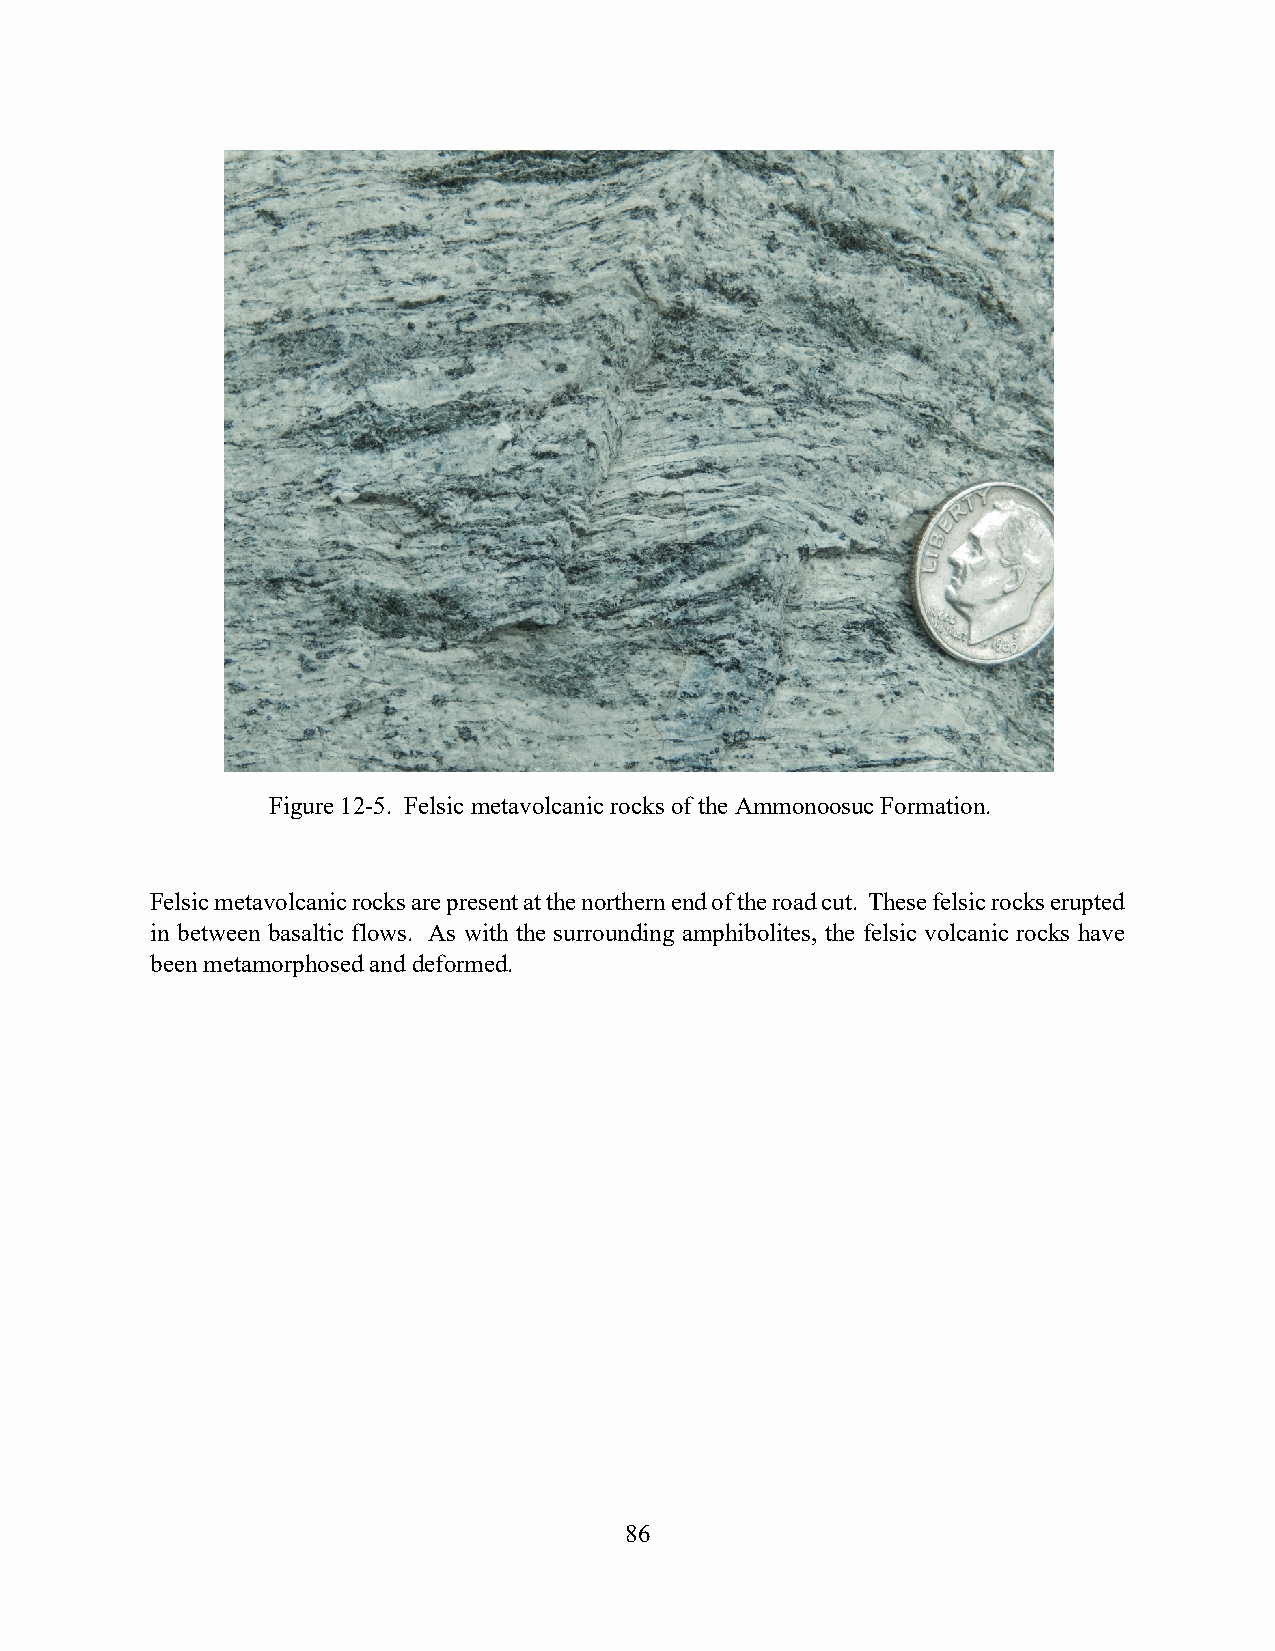
Figure 12-5. Felsic metavolcanic rocks of the Ammonoosuc Formation.
 Felsic metavolcanic rocks are present at the northern end of the road cut. These felsic rocks erupted
 in between basaltic flows. As with the surrounding amphibolites, the felsic volcanic rocks have
 been metamorphosed and deformed.
 86